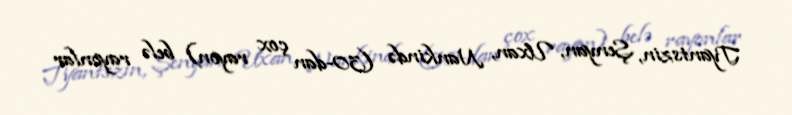
Tyantszin, Şenyan, Uxan, Nankində (30-dan çox rayon) belə rayonlar